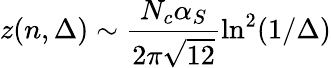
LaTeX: z(n,\Delta)\sim\frac{N_{c}\alpha_{S}}{2\pi\sqrt{12}}\ln^{2}(1/\Delta)